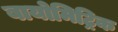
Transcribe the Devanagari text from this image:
बायोमिट्रिक